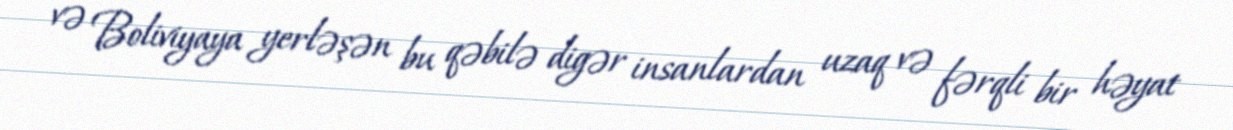
və Boliviyaya yerləşən bu qəbilə digər insanlardan uzaq və fərqli bir həyat